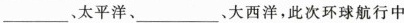
___、太平洋、___、大西洋，此次环球航行中